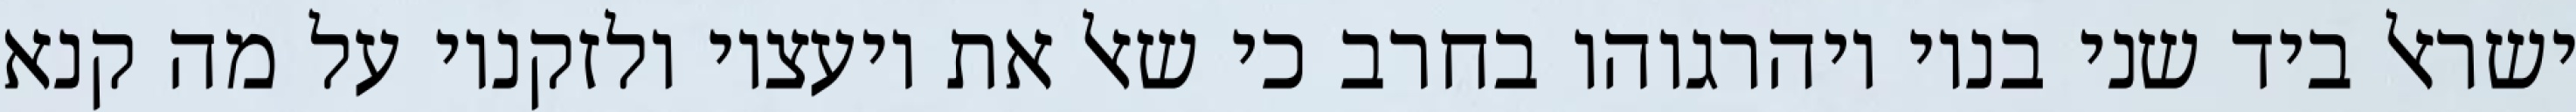
ישראל ביד שני בניו ויהרגוהו בחרב כי שאל את יועציו ולזקניו על מה קנא